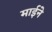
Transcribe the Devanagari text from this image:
माईने